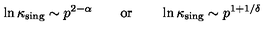
\ln \kappa _ { \mathrm { \scriptsize s i n g } } \sim p ^ { 2 - \alpha } \qquad \mathrm { o r } \qquad \ln \kappa _ { \mathrm { \scriptsize s i n g } } \sim p ^ { 1 + 1 / \delta }